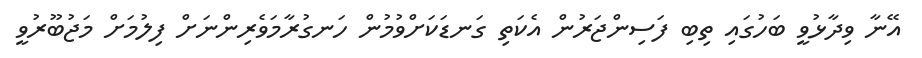
އޭނާ ވިދާޅުވީ ބަހުގައި ތިބި ފަސިންޖަރުން އެެކަތި ގަނޑަކަށްވުމުން ހަނގުރާމަވެރިންނަށް ފިލުމަށް މަޖުބޫރުވީ